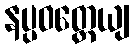
နပ္ပဝတ္တေယျ